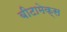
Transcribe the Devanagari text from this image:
बीटामेक्स